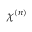
\chi ^ { ( n ) }